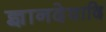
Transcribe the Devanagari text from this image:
ज्ञानदेवादि